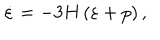
\dot { \varepsilon } = - 3 H \left( \varepsilon + p \right) ,